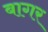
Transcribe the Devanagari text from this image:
बागर